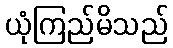
ယုံကြည်မိသည်